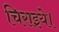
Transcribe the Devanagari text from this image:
चिराइये।